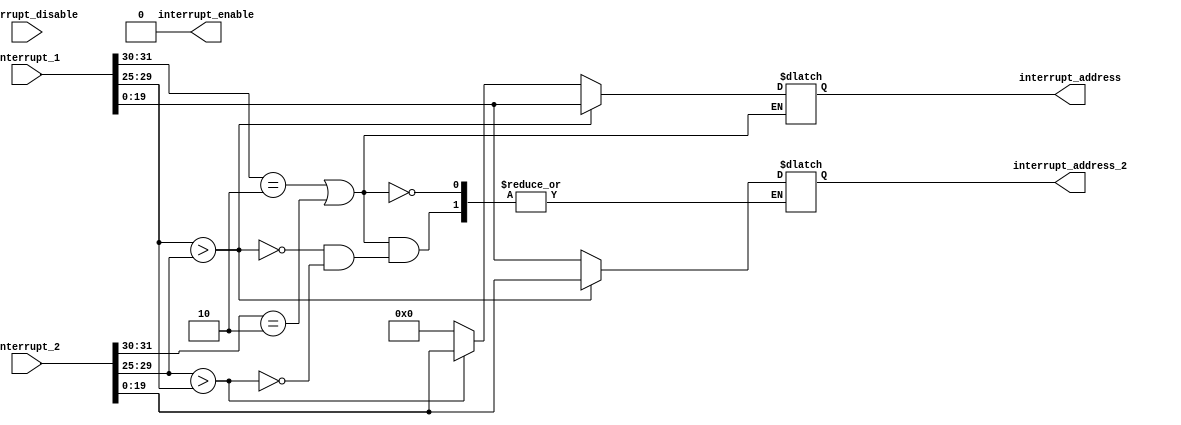
module INTERRUPT_PRIORITY_ENCODER(interrupt_1, interrupt_2, interrupt_enable, interrupt_disable, interrupt_address, interrupt_address_2);

	parameter word_size = 32;
	parameter total_interrupt_registers = 2;
	
    input [word_size-1:0] interrupt_1, interrupt_2;    					/* Interrupt Instruction */
    output reg [19:0] interrupt_address, interrupt_address_2;
	output reg interrupt_enable;
	
	input interrupt_disable;
	
	reg [word_size-1:0] InterruptRegister [total_interrupt_registers-1:0];
	integer index;
   
	initial begin 
		for (index = 0; index < total_interrupt_registers ; index = index + 1) InterruptRegister[index] = 0; 
	end
	
	always @ (interrupt_1 or interrupt_2)
	if ((interrupt_1[31:30] == 2'b10) || (interrupt_2[31:30] == 2'b10))
	begin	
		if (interrupt_1[29:25] > interrupt_2[29:25]) 
		begin
			InterruptRegister[0] <= interrupt_1[19:0];
			InterruptRegister[1] <= interrupt_2[19:0];
			interrupt_address <= interrupt_1[19:0];
			interrupt_address_2 <= interrupt_2[19:0];
			interrupt_enable <= 1;
		end
		else if (interrupt_2[29:25] > interrupt_1[29:25])
		begin
			InterruptRegister[0] <= interrupt_1[19:0];
			InterruptRegister[1] <= interrupt_2[19:0];	
			interrupt_address <= interrupt_2[19:0];
			interrupt_address_2 <= interrupt_1[19:0];
			interrupt_enable <= 1;
		end
		else
		begin
				interrupt_address <= 0;
				interrupt_enable <= 0;
		end
	end
	
	always @ (interrupt_disable)
	begin
		interrupt_enable = 0;
	end

endmodule